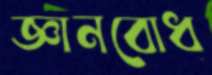
জ্ঞানবোধ